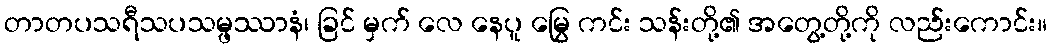
တာတပသရီသပသမ္ဖဿာနံ၊ ခြင် မှက် လေ နေပူ မြွေ ကင်း သန်းတို့၏ အတွေ့တို့ကို လည်းကောင်း။